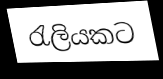
රැලියකට